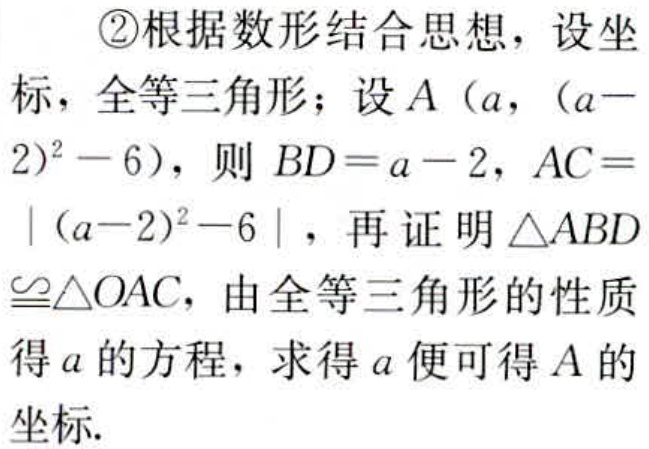
\textcircled{2}根据数形结合思想，设坐标，全等三角形；设\(A\left(a,(a - 2)^{2}-6\right)\)，则\(BD = a - 2\)，\(AC=\vert(a - 2)^{2}-6\vert\)，再证明\(\triangle ABD\cong\triangle OAC\)，由全等三角形的性质得\(a\)的方程，求得\(a\)便可得\(A\)的坐标.